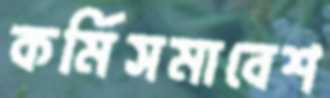
কর্মিসমাবেশ